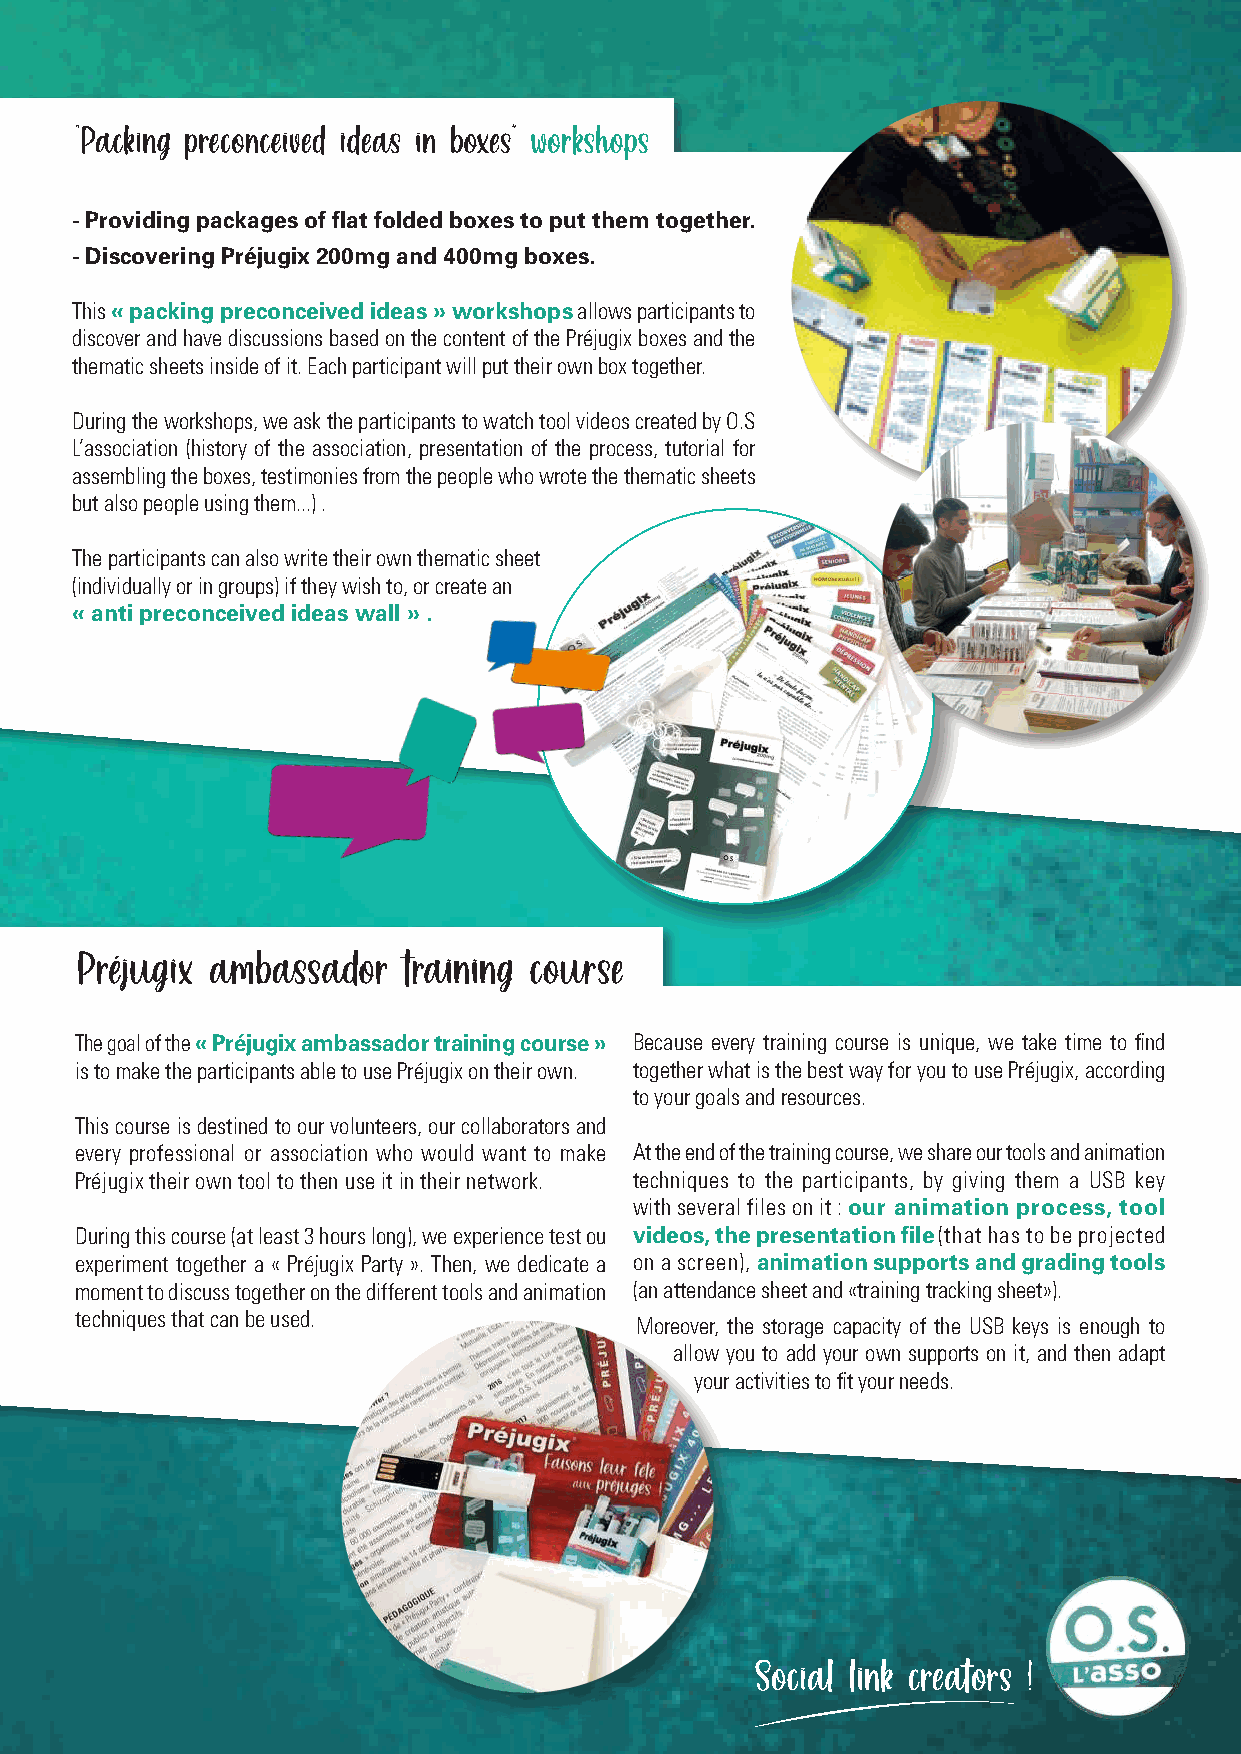
"Packing preconceived ideas in boxes" workshops
 - Providing packages of flat folded boxes to put them together.
 - Discovering Préjugix 200mg and 400mg boxes.
 This « packing preconceived ideas » workshops allows participants to
 discover and have discussions based on the content of the Préjugix boxes and the
 thematic sheets inside of it. Each participant will put their own box together.
 During the workshops, we ask the participants to watch tool videos created by O.S
 L’association (history of the association, presentation of the process, tutorial for
 assembling the boxes, testimonies from the people who wrote the thematic sheets
 but also people using them...) .
 The participants can also write their own thematic sheet
 (individually or in groups) if they wish to, or create an
 « anti preconceived ideas wall » .
 Préjugix ambassador   training course
 The goal of the « Préjugix ambassador training course » Because every training course is unique, we take time to find
 is to make the participants able to use Préjugix on their own. together what is the best way for you to use Préjugix, according
 to your goals and resources.
 This course is destined to our volunteers, our collaborators and
 every professional or association who would want to make At the end of the training course, we share our tools and animation
 Préjugix their own tool to then use it in their network. techniques to the participants, by giving them a USB key
 with several files on it : our animation process, tool
 During this course (at least 3 hours long), we experience test ou videos, the presentation file (that has to be projected
 experiment together a « Préjugix Party ». Then, we dedicate a on a screen), animation supports and grading tools
 moment to discuss together on the different tools and animation (an attendance sheet and «training tracking sheet»).
 techniques that can be used.
 Moreover, the storage capacity of the USB keys is enough to
 allow you to add your own supports on it, and then adapt
 your activities to fit your needs.
 Social link creators !